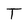
Character: T